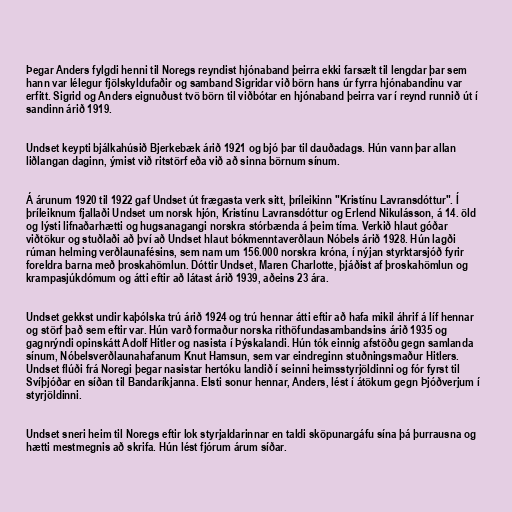
Þegar Anders fylgdi henni til Noregs reyndist hjónaband þeirra ekki farsælt til lengdar þar sem
hann var lélegur fjölskyldufaðir og samband Sigridar við börn hans úr fyrra hjónabandinu var
erfitt. Sigrid og Anders eignuðust tvö börn til viðbótar en hjónaband þeirra var í reynd runnið út í
sandinn árið 1919.

Undset keypti bjálkahúsið Bjerkebæk árið 1921 og bjó þar til dauðadags. Hún vann þar allan
liðlangan daginn, ýmist við ritstörf eða við að sinna börnum sínum.

Á árunum 1920 til 1922 gaf Undset út frægasta verk sitt, þríleikinn "Kristínu Lavransdóttur". Í
þríleiknum fjallaði Undset um norsk hjón, Kristínu Lavransdóttur og Erlend Nikulásson, á 14. öld
og lýsti lifnaðarhætti og hugsanagangi norskra stórbænda á þeim tíma. Verkið hlaut góðar
viðtökur og stuðlaði að því að Undset hlaut bókmenntaverðlaun Nóbels árið 1928. Hún lagði
rúman helming verðlaunafésins, sem nam um 156.000 norskra króna, í nýjan styrktarsjóð fyrir
foreldra barna með þroskahömlun. Dóttir Undset, Maren Charlotte, þjáðist af þroskahömlun og
krampasjúkdómum og átti eftir að látast árið 1939, aðeins 23 ára.

Undset gekkst undir kaþólska trú árið 1924 og trú hennar átti eftir að hafa mikil áhrif á líf hennar
og störf það sem eftir var. Hún varð formaður norska rithöfundasambandsins árið 1935 og
gagnrýndi opinskátt Adolf Hitler og nasista í Þýskalandi. Hún tók einnig afstöðu gegn samlanda
sínum, Nóbelsverðlaunahafanum Knut Hamsun, sem var eindreginn stuðningsmaður Hitlers.
Undset flúði frá Noregi þegar nasistar hertóku landið í seinni heimsstyrjöldinni og fór fyrst til
Svíþjóðar en síðan til Bandaríkjanna. Elsti sonur hennar, Anders, lést í átökum gegn Þjóðverjum í
styrjöldinni.

Undset sneri heim til Noregs eftir lok styrjaldarinnar en taldi sköpunargáfu sína þá þurrausna og
hætti mestmegnis að skrifa. Hún lést fjórum árum síðar.